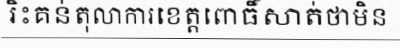
រិះគន់តុលាការខេត្តពោធិ៍សាត់ថាមិន